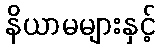
နိယာမများနှင့်